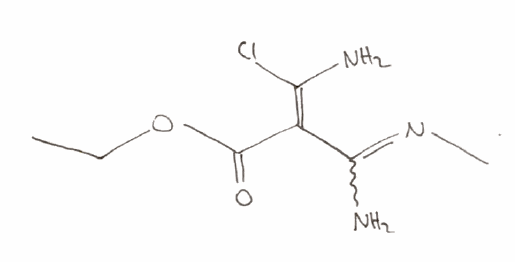
Simplified molecular-input line-entry system (SMILES) notation of the given molecule:
CCOC(=O)/C(=C(/N)\Cl)/C(=NC)N